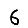
Digit: 6